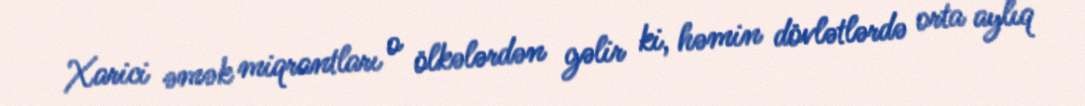
Xarici əmək miqrantları o ölkələrdən gəlir ki, həmin dövlətlərdə orta aylıq